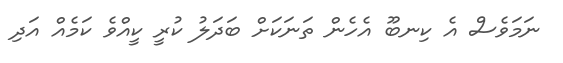
ނަމަވެސް އެ ކިނބޫ އެހެން ތަނަކަށް ބަދަލު ކުރީ ކީއްވެ ކަމެއް އަދި